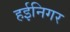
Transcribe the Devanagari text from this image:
हईनिगर